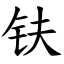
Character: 𫓧